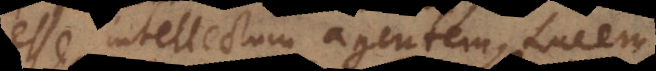
esse intellectum agentem, Lucem